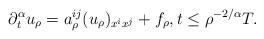
LaTeX: \begin{align*}\partial_{t}^{\alpha}u_{\rho} = a_{\rho}^{ij}(u_{\rho})_{x^{i}x^{j}}+f_{\rho}, t\leq \rho^{-2/{\alpha}}T.\end{align*}